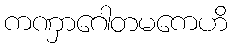
ကဏှာဂေါတမကေဟိ